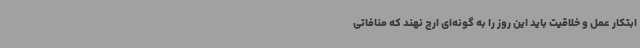
ابتکار عمل و خلاقیت باید این روز را به گونه‌ای ارج نهند که منافاتی